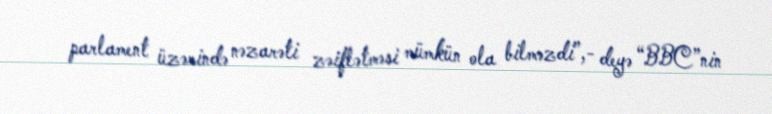
parlament üzərində nəzarəti zəiflətməsi mümkün ola bilməzdi”,- deyə “BBC”nin